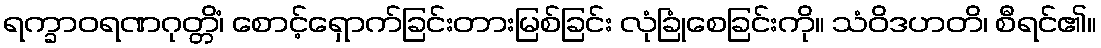
ရက္ခာဝရဏဂုတ္တိံ၊ စောင့်ရှောက်ခြင်းတားမြစ်ခြင်း လုံခြုံစေခြင်းကို။ သံဝိဒဟတိ၊ စီရင်၏။